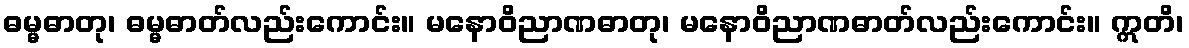
ဓမ္မဓာတု၊ ဓမ္မဓာတ်လည်းကောင်း။ မနောဝိညာဏဓာတု၊ မနောဝိညာဏဓာတ်လည်းကောင်း။ ဣတိ၊